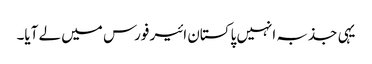
یہی جذبہ انہیں پاکستان ائیر فورس میں لے آیا۔